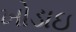
ખોડાઇ